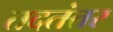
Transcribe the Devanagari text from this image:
तदतंतर